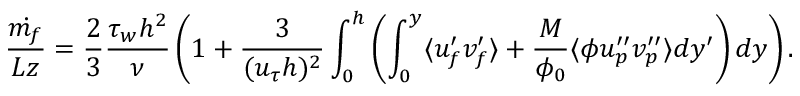
\frac { \dot { m _ { f } } } { L z } = \frac { 2 } { 3 } \frac { \tau _ { w } h ^ { 2 } } { \nu } \left( 1 + \frac { 3 } { ( u _ { \tau } h ) ^ { 2 } } \int _ { 0 } ^ { h } \left( \int _ { 0 } ^ { y } \langle u _ { f } ^ { \prime } v _ { f } ^ { \prime } \rangle + \frac { M } { \phi _ { 0 } } \langle \phi u _ { p } ^ { \prime \prime } v _ { p } ^ { \prime \prime } \rangle d y ^ { \prime } \right) d y \right) .